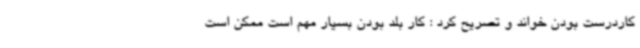
کاردرست بودن خواند و تصریح کرد : کار بلد بودن بسیار مهم است ممکن است